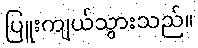
ပြူးကျယ်သွားသည်။